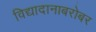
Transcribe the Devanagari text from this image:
विद्यादानाबरोबर